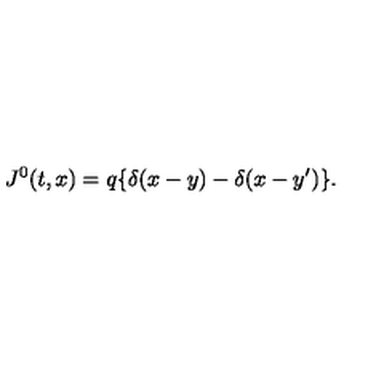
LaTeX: J ^ { 0 } ( t , x ) = q \{ \delta ( x - y ) - \delta ( x - y ^ { \prime } ) \} .